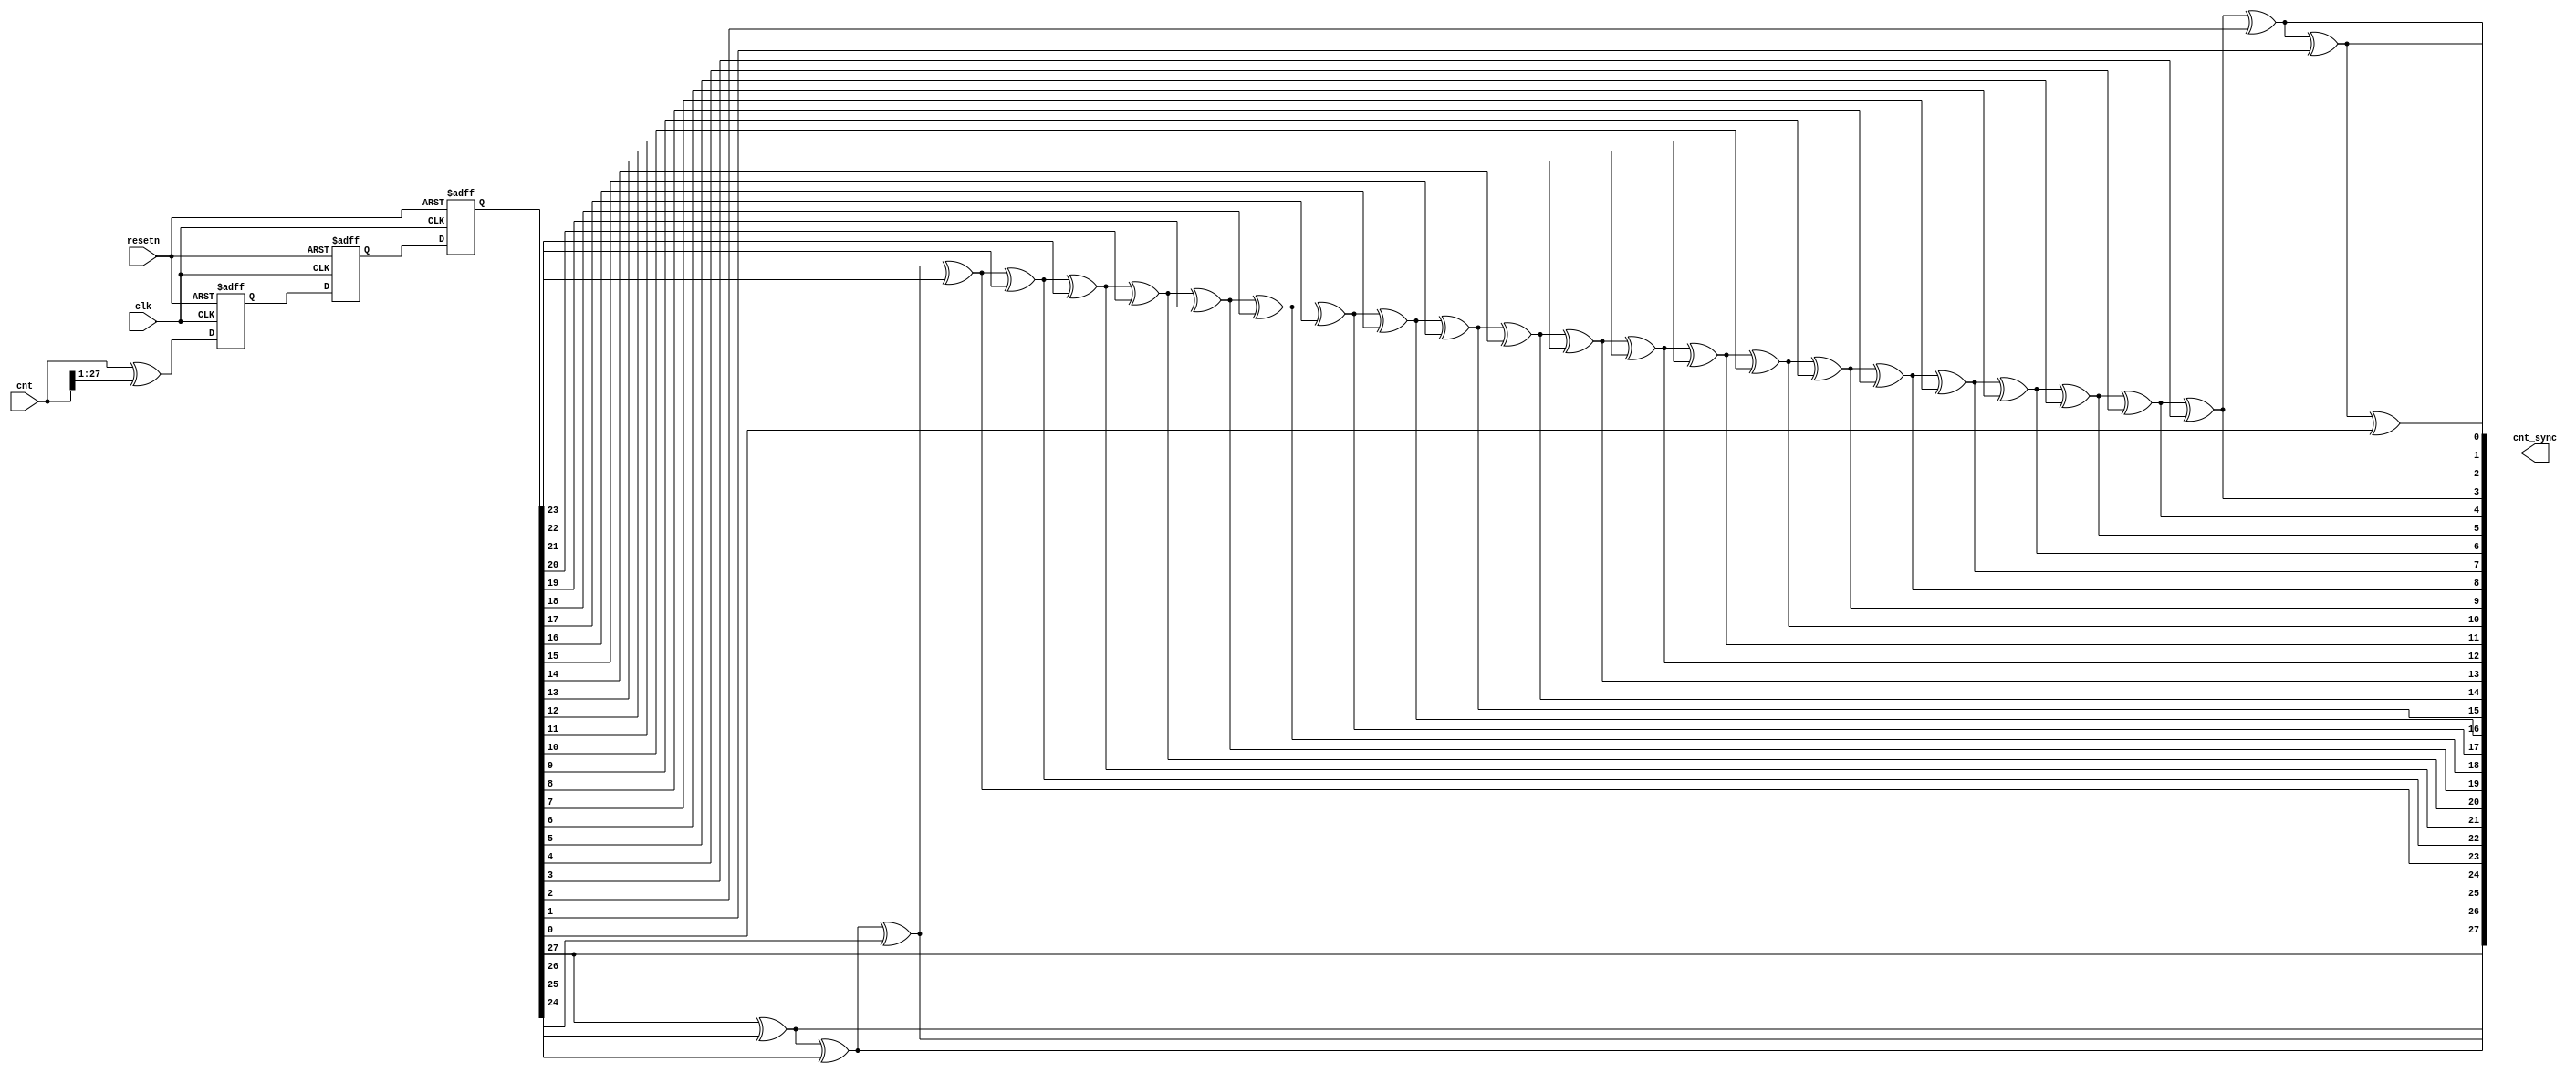
module gray_code_sync (
    clk,
    resetn,
    cnt,
    cnt_sync
);

parameter WIDTH = 28;

input              clk;
input              resetn;
input  [WIDTH-1:0] cnt;
output [WIDTH-1:0] cnt_sync;

wire [WIDTH-1:0] cnt_gray;

reg  [WIDTH-1:0] cnt_gray_r;
reg  [WIDTH-1:0] cnt_gray_rr;
reg  [WIDTH-1:0] cnt_gray_rrr;
reg  [WIDTH-1:0] cnt_sync_r;

assign cnt_gray = cnt ^ (cnt >> 1);

always @(posedge clk or negedge resetn) begin
    if (~resetn) begin
        {cnt_gray_r, cnt_gray_rr, cnt_gray_rrr}  <= 'b0;
    end
    else begin
        {cnt_gray_r, cnt_gray_rr, cnt_gray_rrr}  <= {cnt_gray, cnt_gray_r, cnt_gray_rr};
    end
end


// cnt_sync[WIDTH-1] = cnt_sync_rr[WIDTH-1];
// genvar i;
// generate
// for (i = WIDTH-2; i >= 0; i = i - 1) begin
//     always @(*) begin
//          cnt_sync[i] = cnt_sync[i+1] ^ cnt_sync_rr[i];
//     end
// end
// endgenerate

integer i;
always @(*) begin
    cnt_sync_r[WIDTH-1] = cnt_gray_rrr[WIDTH-1];
    for (i = WIDTH-2; i >= 0; i = i - 1) begin  
        cnt_sync_r[i] = cnt_sync_r[i+1] ^ cnt_gray_rrr[i];
    end
end

assign cnt_sync = cnt_sync_r;

endmodule